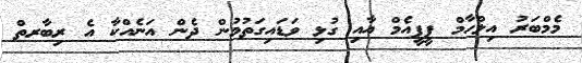
މެމްބަރު އިލްހާމް ޕީޕީއެމް އާއި ގުޅި ވަޑައިގަތުމުން ދެން އަނެއްކާ އެ ރިބާރތް